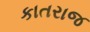
કાતરાજ